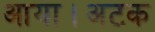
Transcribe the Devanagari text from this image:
आया।अटक